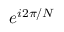
e ^ { i 2 \pi / N }